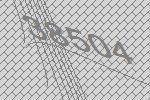
38504